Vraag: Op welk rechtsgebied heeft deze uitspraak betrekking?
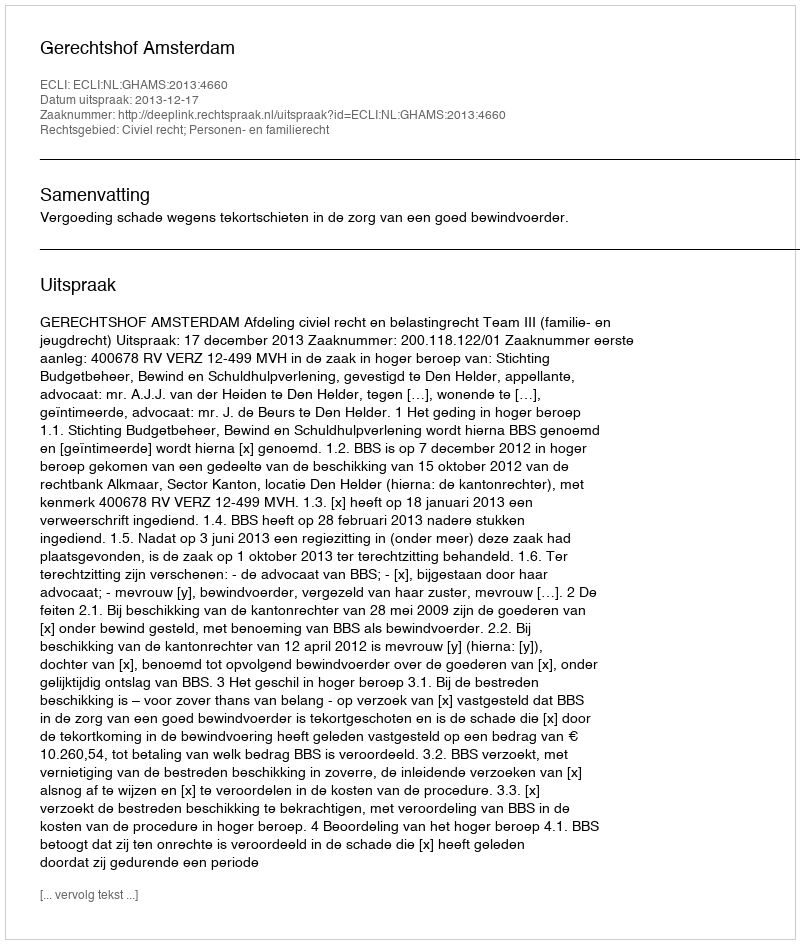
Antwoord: Civiel recht; Personen- en familierecht